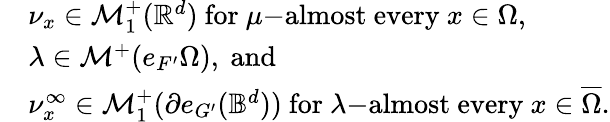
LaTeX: \begin{array}{rl}&{\nu_{x}\in\mathcal{M}_{1}^{+}(\mathbb{R}^{d})\mathrm{~for~}\mu\mathrm{-almost~every~}x\in\Omega,}\\ &{\lambda\in\mathcal{M}^{+}(e_{F^{\prime}}\Omega),\mathrm{~and~}}\\ &{\nu_{x}^{\infty}\in\mathcal{M}_{1}^{+}(\partial e_{G^{\prime}}(\mathbb{B}^{d}))\mathrm{~for~}\lambda\mathrm{-almost~every~}x\in\overline{{\Omega}}.}\end{array}